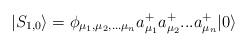
\begin{align*}|S_{1,0}\rangle =\phi_{\mu_1,\mu_2,...\mu_n}a_{\mu_1}^+ a_{\mu_2}^+ ...a_{\mu_n}^+|0\rangle\end{align*}